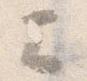
云